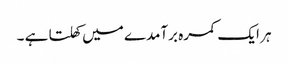
ہر ایک کمرہ برآمدے میں کھلتا ہے ۔